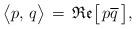
LaTeX: \begin{align*} \big\langle p,\,q\big\rangle\,=\,\mathfrak{Re}\big[\,p\overline q\,\big], \end{align*}